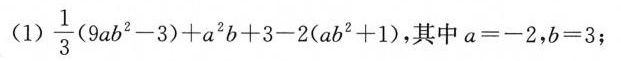
(1)$$\frac { 1 } { 3 } ( 9 a b ^ { 2 } - 3 ) + a ^ { 2 } b + 3 - 2 ( a b ^ { 2 } + 1 )$$ ，其中a=-2，b=3；